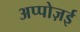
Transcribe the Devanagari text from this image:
अप्पोज़ई